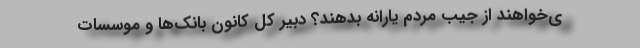
ی‌خواهند از جیب مردم یارانه بدهند؟ دبیر کل کانون بانک‌ها و موسسات